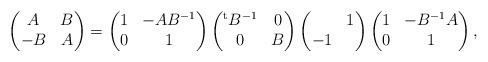
LaTeX: \begin{align*} \begin{pmatrix} A & B \\ -B & A \end{pmatrix} =\begin{pmatrix} 1 & -AB^{-1} \\ 0 & 1 \end{pmatrix} \begin{pmatrix} {}^{\rm t}B^{-1} & 0 \\ 0 & B \end{pmatrix} \begin{pmatrix} & 1 \\ -1 & \end{pmatrix} \begin{pmatrix} 1 & -B^{-1}A \\ 0 & 1 \end{pmatrix},\end{align*}